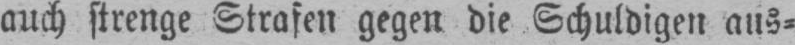
auch strenge Strafen gegen die Schuldigen aus⸗